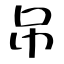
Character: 吊